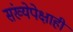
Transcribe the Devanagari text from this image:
संख्येपेक्षाही